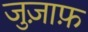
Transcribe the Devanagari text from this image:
जुज़ाफ़